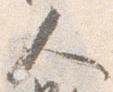
人